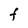
Character: F